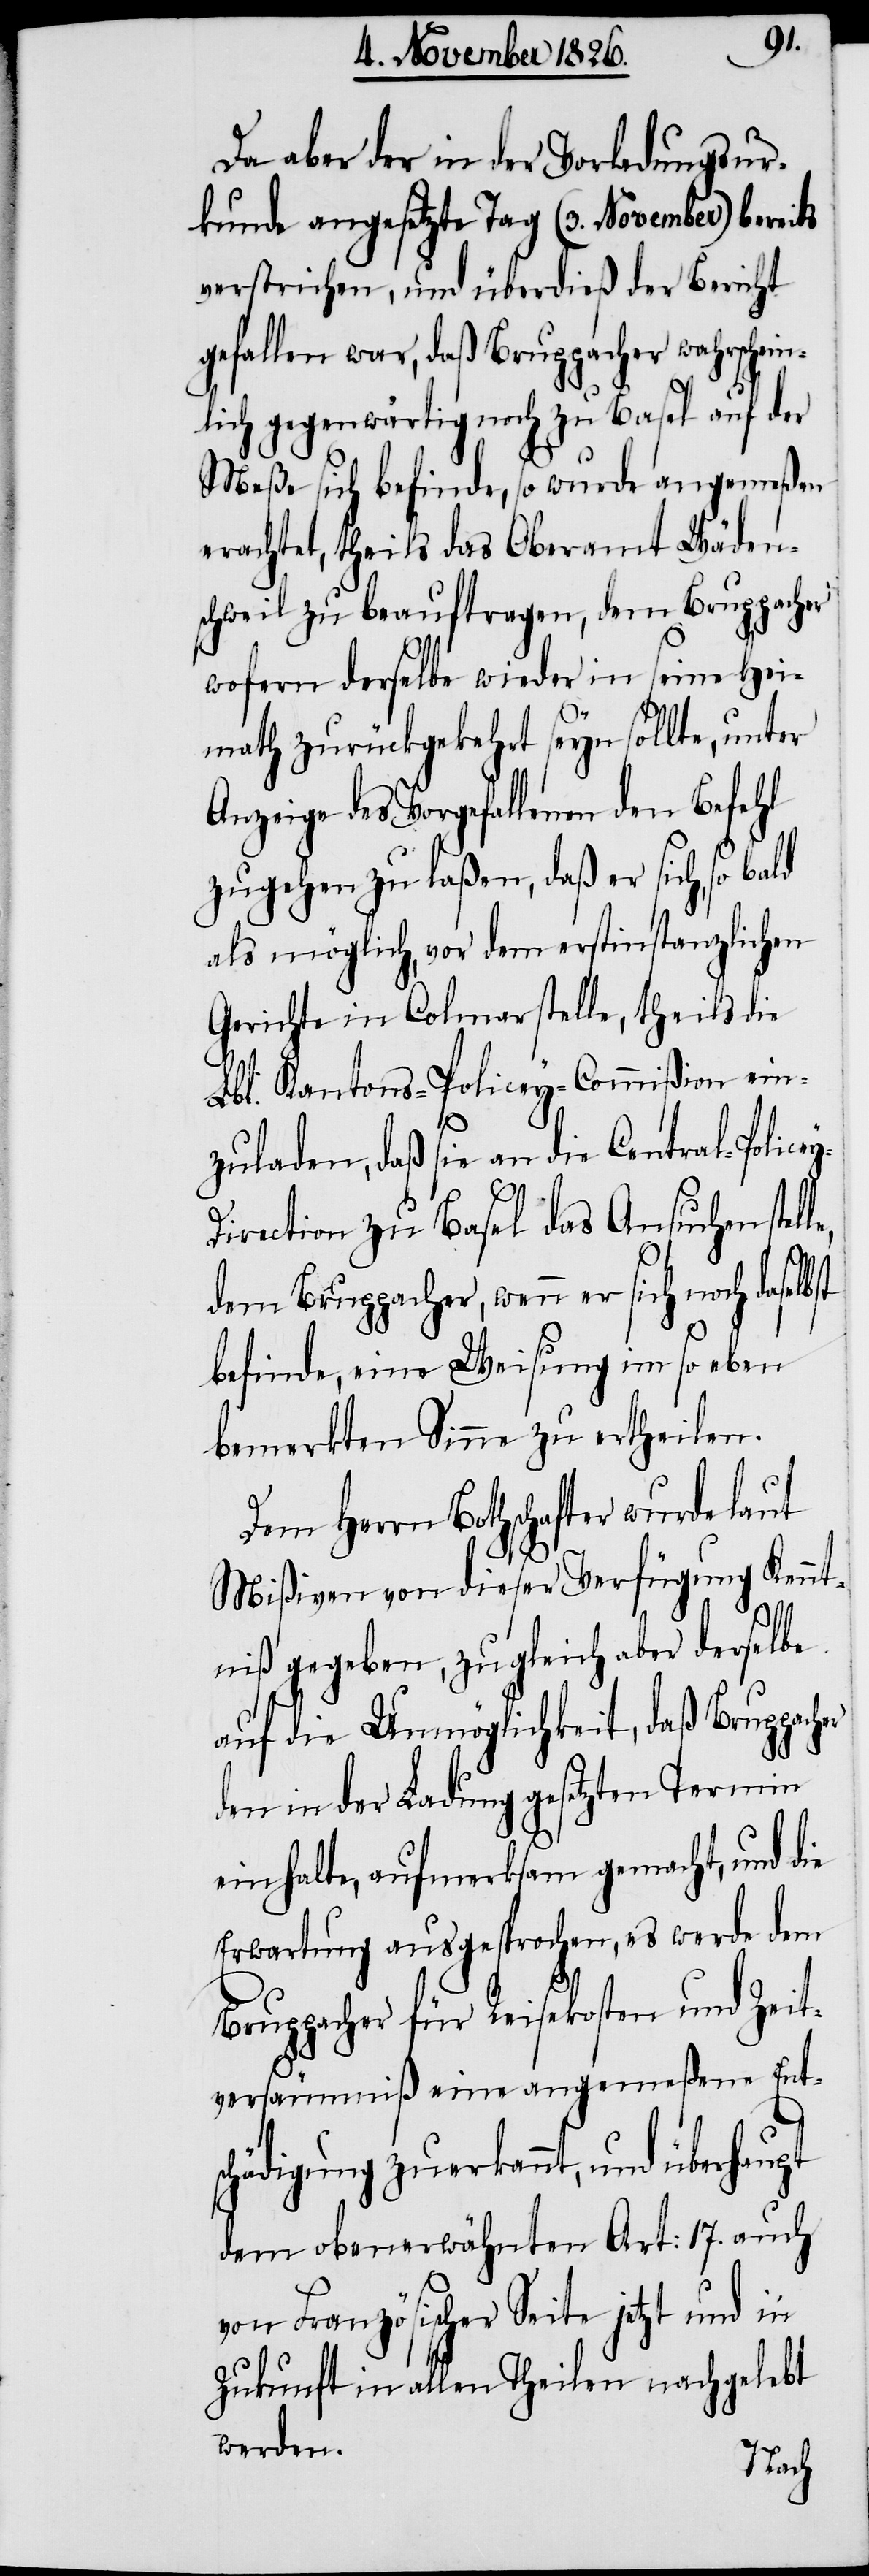
Da aber der in der Vorladungsur¬
kunde angesetzte Tag (3. November) bereits
verstrichen, und überdieß der Bericht
gefallen war, daß Bruppacher wahrschein¬
lich gegenwärtig noch zu Basel auf der
Meße sich befinde, so wurde angemeßen
erachtet, theils das Oberamt Wäden¬
schweil zu beauftragen, dem Bruppacher
wofern derselbe wieder in seine Hei¬
math zurückgekehrt seyn sollte, unter
Anzeige des Vorgefallenen den Befehl
zugehen zu laßen, daß er sich, so bald
als möglich, vor dem erstinstanzlichen
Gerichte in Colmar stelle, theils die
Lbl. Kantons-Policey-Commißion ein¬
zuladen, daß sie an die Central-Police¬
st
y-Direction zu Basel das Ansuchen stell¬
dem Bruppacher, wenn er sich noch daselb¬
befinde, eine Weisung im so eben
bemerkten Sinne zu ertheilen.
Dem Herrn Botschafter wurde laut
Mißiven von dieser Verfügung Kennt¬
niß gegeben, zugleich aber derselbe
auf die Unmöglichkeit, daß Bruppacher
den in der Ladung gesetzten Termin
einhalte, aufmerksam gemacht, und die
Erwartung ausgesprochen, es werde dem
Bruppacher für Reisekosten und Zeit¬
versäumniß eine angemeßene Ents¬
chädigung zuerkannt, und überhaupt
dem obenerwähnten Art: 17. auch
von Französischer Seite jetzt und in
Zukunft in allen Theilen nachgelebt
werden.